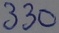
Text: 330